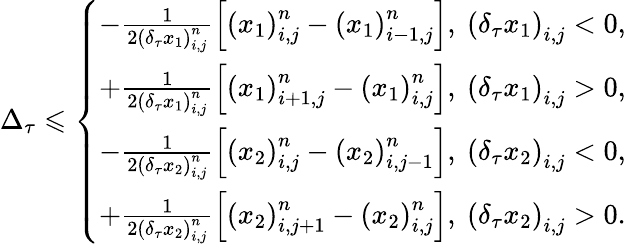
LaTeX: \Delta_{\tau}\leqslant\left\{ \begin{array}{ll}{-\frac{1}{2\left(\delta_{\tau}x_{1}\right)_{i,j}^{n}}\left[\left(x_{1}\right)_{{i,j}}^{n}-\left(x_{1}\right)_{i-1,j}^{n}\right],~\left(\delta_{\tau}x_{1}\right)_{{i,j}}<0,}\\ {+\frac{1}{2\left(\delta_{\tau}x_{1}\right)_{i,j}^{n}}\left[\left(x_{1}\right)_{i+1,j}^{n}-\left(x_{1}\right)_{{i,j}}^{n}\right],~\left(\delta_{\tau}x_{1}\right)_{{i,j}}>0,}\\ {-\frac{1}{2\left(\delta_{\tau}x_{2}\right)_{i,j}^{n}}\left[\left(x_{2}\right)_{{i,j}}^{n}-\left(x_{2}\right)_{i,j-1}^{n}\right],~\left(\delta_{\tau}x_{2}\right)_{{i,j}}<0,}\\ {+\frac{1}{2\left(\delta_{\tau}x_{2}\right)_{i,j}^{n}}\left[\left(x_{2}\right)_{i,j+1}^{n}-\left(x_{2}\right)_{{i,j}}^{n}\right],~\left(\delta_{\tau}x_{2}\right)_{{i,j}}>0.}\end{array}\right.